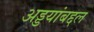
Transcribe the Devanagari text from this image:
अड्डयांबद्दल